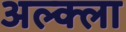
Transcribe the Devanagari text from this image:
अल्क्ला